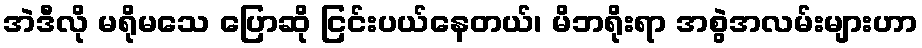
အဲဒီလို မရိုမသေ ပြောဆို ငြင်းပယ်နေတယ်၊ မိဘရိုးရာ အစွဲအလမ်းများဟာ